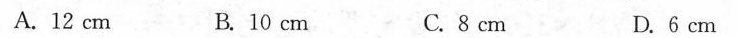
A.12cm B.10cm C.8cm D.6cm